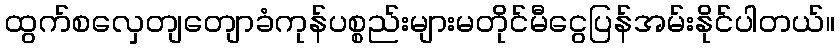
ထွက်စလှေတျတျောခံကုန်ပစ္စည်းများမတိုင်မီငွေပြန်အမ်းနိုင်ပါတယ်။